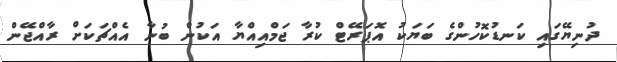
ދުނިޔޭގައި ކަނޑުކޮހުންގެ ބަޔަކު އޮޕަރޭޓް ކުރާ ޖަމްއިއްޔާ އަކުން ބުނާ އެއްޗަކަށް ރާއްޖޭން